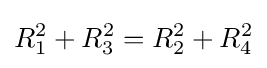
R_{1}^{2}+R_{3}^{2}=R_{2}^{2}+R_{4}^{2}